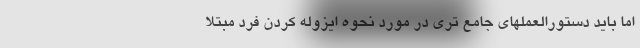
اما باید دستورالعملهای جامع تری در مورد نحوه ایزوله کردن فرد مبتلا